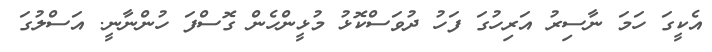
އެކީގަ ހަމަ ނާސިރު އަރިހުގަ ފަހު ދުވަސްކޮޅު މުޅީންހެން ގޮސްފަ ހުންނާނީ. އަސްލުގަ